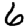
Digit: 6